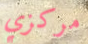
مركزي